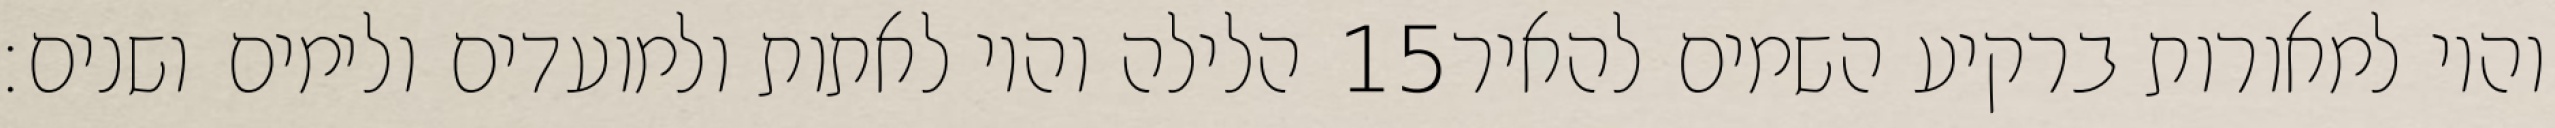
הלילה והיו לאתות ולמועדים ולימים ושנים׃ ‎15‏ והיו למאורות ברקיע השמים להאיר